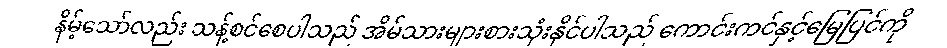
နိမ့်သော်လည်း သန့်စင်စေပါသည် အိမ်သားများစားသုံးနိုင်ပါသည် ကောင်းကင်နှင့်မြေပြင်ကို